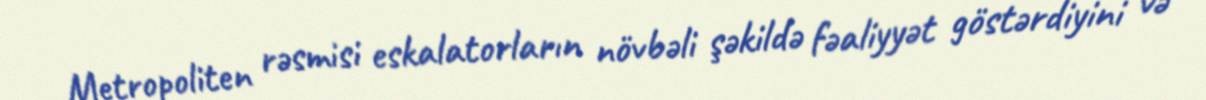
Metropoliten rəsmisi eskalatorların növbəli şəkildə fəaliyyət göstərdiyini və